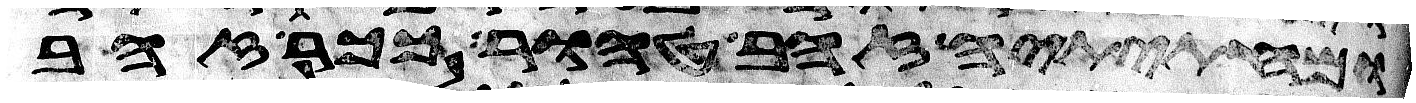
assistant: ומחתיתיה זהב טהור ככר זהב